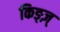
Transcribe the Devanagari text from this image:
किङ्ज़्